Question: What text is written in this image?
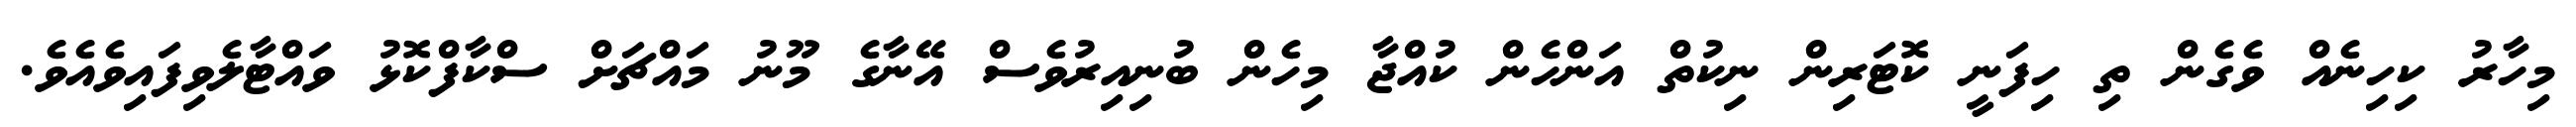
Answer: މިހާރު ކިހިނެއް ވެގެން ތި ހިފަނީ ކޮޓަރިން ނިކުތް އަންހެން ކުއްޖާ މިހެން ބުނިއިރުވެސް އޭނާގެ މޫނު މައްޗަށް ސްކާފްކޮޅު ވައްޓާލެވިފައިވެއެވެ.